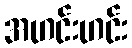
အဟင်းဟင်း